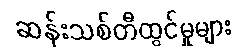
ဆန်းသစ်တီထွင်မှုများ